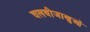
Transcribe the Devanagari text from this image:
चलबीजाणुओं